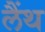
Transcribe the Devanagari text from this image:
लैंथ